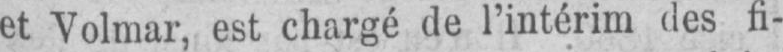
et Volmar, est chargé de l’intérim des fi-